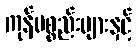
ကုန်ပစ္စည်းများနှင့်